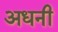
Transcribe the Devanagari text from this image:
अधनी